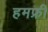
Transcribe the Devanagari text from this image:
हमफ्री